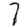
Digit: 7